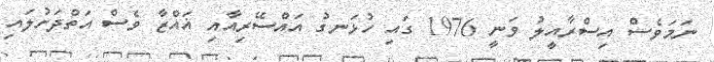
ނަމަވެސް އިސްރާއީލު ވަނީ 1976 ގައި ހުޅަނގު އައްސޭރިއާއި ޣައްޒާ ވެސް އަތްދަށުލައި